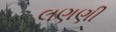
લણણી